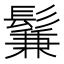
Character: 鬑